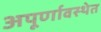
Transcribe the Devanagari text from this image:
अपूर्णावस्थेत